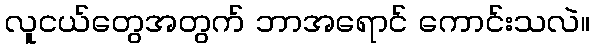
လူငယ်တွေအတွက် ဘာအရောင် ကောင်းသလဲ။